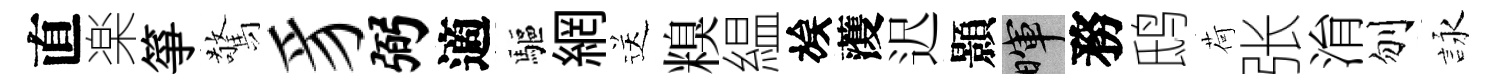
直楽箏驚豸弼適驅網送糗緼族𮑮迟顥暉務鸱荷张㳙刎詠